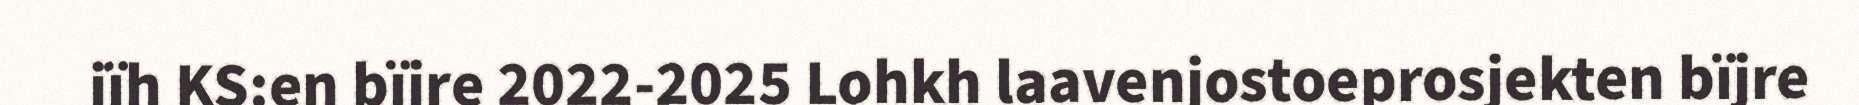
jïh KS:en bïjre 2022-2025 Lohkh laavenjostoeprosjekten bïjre